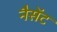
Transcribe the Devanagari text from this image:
नैसेंट